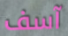
آسف